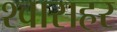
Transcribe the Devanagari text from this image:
श्वासहर